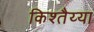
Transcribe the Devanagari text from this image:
किश्तैय्या